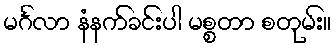
မင်္ဂလာ နံနက်ခင်းပါ မစ္စတာ စတုမ်း။